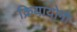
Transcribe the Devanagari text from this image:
क्रियायोगी